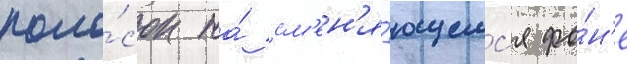
поло́сок на́ см'ен'я́ющемс'я фо́н'е